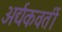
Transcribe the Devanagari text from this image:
अर्द्यकवर्ती